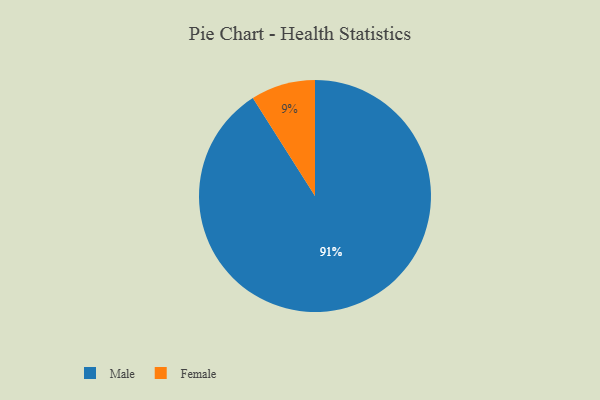
{"axis": {"x": "Category", "y": "Percentage"}, "legend": ["Female", "Male"], "data": [{"x": "Male", "y": 91, "type": "Male"}, {"x": "Female", "y": 9, "type": "Female"}]}